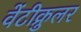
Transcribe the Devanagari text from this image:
वेंटीक्रुलर